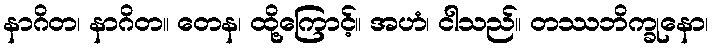
နာဂိတ၊ နာဂိတ။ တေန၊ ထို့ကြောင့်။ အဟံ၊ ငါသည်။ တဿဘိက္ခုနော၊